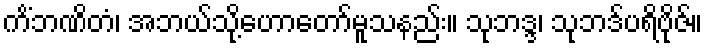
ကိံဘဏိတံ၊ အဘယ်သို့ဟောတော်မူသနည်း။ သုဘဒ္ဒ၊ သုဘဒ်ပရိဗိုဇ်။